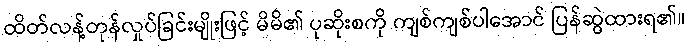
ထိတ်လန့်တုန်လှုပ်ခြင်းမျိုးဖြင့် မိမိ၏ ပုဆိုးစကို ကျစ်ကျစ်ပါအောင် ပြန်ဆွဲထားရ၏။